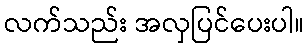
လက်သည်း အလှပြင်ပေးပါ။